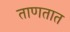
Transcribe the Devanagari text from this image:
ताणतात